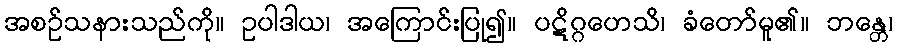
အစဉ်သနားသည်ကို။ ဥပါဒါယ၊ အကြောင်းပြု၍။ ပဋိဂ္ဂဟေသိ၊ ခံတော်မူ၏။ ဘန္တေ၊